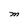
Character: M